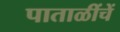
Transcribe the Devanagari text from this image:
पाताळींचें